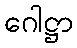
ဂေါဋ္ဌာ